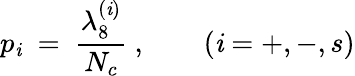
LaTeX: p_{\mathit{i}}\ =\ \frac{{\lambda_{8}^{(\mathit{i})}}}{{N_{c}}}\ ,\qquad(\mathit{i}=+,-,s)